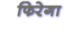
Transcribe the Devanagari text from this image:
फिरेगा